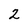
Character: 2